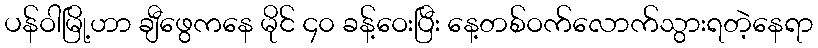
ပန်ဝါမြို့ဟာ ချီဖွေကနေ မိုင် ၄၀ ခန့်ဝေးပြီး နေ့တစ်ဝက်လောက်သွားရတဲ့နေရာ